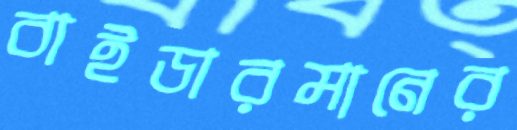
বাইডারমানের